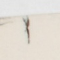
١